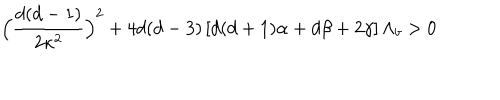
\Big ( \frac { d ( d - 1 ) } { 2 \kappa ^ { 2 } } \Big ) ^ { 2 } + 4 d ( d - 3 ) \left[ d ( d + 1 ) \alpha + d \beta + 2 \gamma \right] \Lambda _ { b } > 0